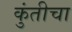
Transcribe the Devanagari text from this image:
कुंतीचा